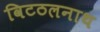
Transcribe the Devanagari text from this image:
विटठलनाथ